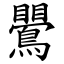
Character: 鷪